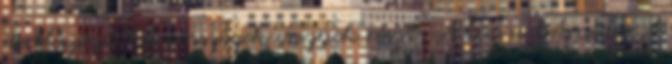
derékszögű háromszögek vesznek részt: A tűz a tetraéder A